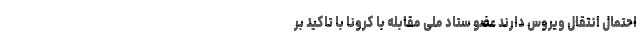
احتمال انتقال ویروس دارند عضو ستاد ملی مقابله با کرونا با تاکید بر